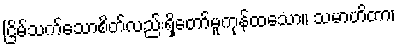
ငြိမ်သက်သောစိတ်လည်းရှိတော်မူကုန်ထသော။ သမာဟိတာ၊